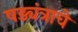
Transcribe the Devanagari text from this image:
षड्यंत्राचे